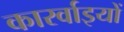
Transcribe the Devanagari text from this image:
कारर्वाइयों